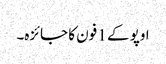
اوپو کے 1 فون کا جائزہ۔